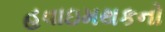
હવાઇમથકનો